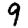
Digit: 9